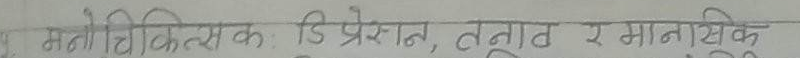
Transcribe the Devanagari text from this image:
मनोचिकित्सक: डिप्रेशन, तनाव र मानसिक